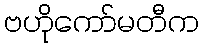
ဗဟိုကော်မတီက